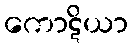
ကောဋိယာ